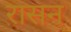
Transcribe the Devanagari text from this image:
रासन